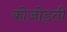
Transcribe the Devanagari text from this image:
कोजोड़ती